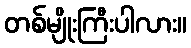
တစ်မျိုးကြီးပါလား။